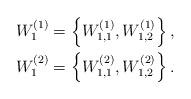
LaTeX: \begin{align*}\begin{aligned} W_1^{(1)}&=\left\{W_{1,1}^{(1)},W_{1,2}^{(1)}\right\},\\W_1^{(2)}&=\left\{W_{1,1}^{(2)},W_{1,2}^{(2)}\right\}.\end{aligned}\end{align*}